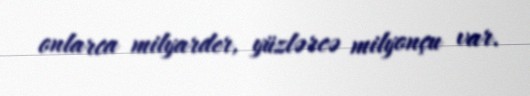
onlarca milyarder, yüzlərcə milyonçu var.